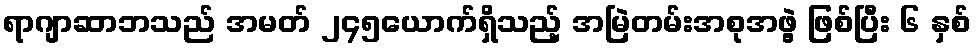
ရာဂျာဆာဘသည် အမတ် ၂၄၅ယောက်ရှိသည့် အမြဲတမ်းအစုအဖွဲ့ ဖြစ်ပြီး ၆ နှစ်